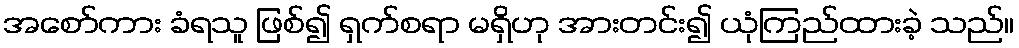
အစော်ကား ခံရသူ ဖြစ်၍ ရှက်စရာ မရှိဟု အားတင်း၍ ယုံကြည်ထားခဲ့ သည်။